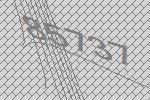
85737